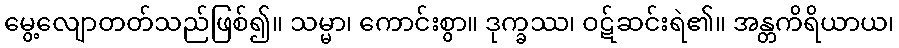
မွေ့လျောတတ်သည်ဖြစ်၍။ သမ္မာ၊ ကောင်းစွာ။ ဒုက္ခဿ၊ ဝဋ်ဆင်းရဲ၏။ အန္တကိရိယာယ၊